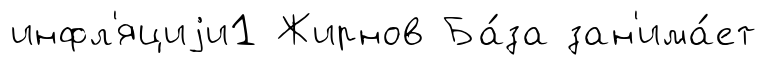
инфл'яциjи1 Жирнов Ба́за зан'има́ет